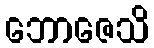
ဘောဇေသိ